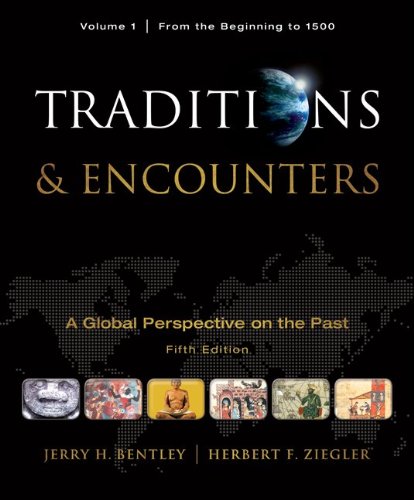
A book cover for Traditions & Encounters, Volume  1  From the Beginning to 1500; Jerry Bentley; History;